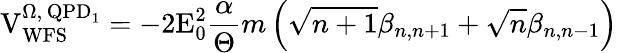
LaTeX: \mathrm{V}_{\mathrm{WFS}}^{\Omega,\, \mathrm{QPD}_{1}}=-2\mathrm{E}_{0}^{2}\frac{\alpha}{\Theta}m\left(\sqrt{n+1}\beta_{n,n+1}+\sqrt{n}\beta_{n,n-1}\right)